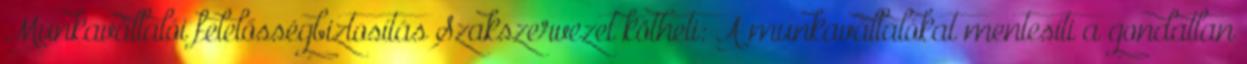
Munkavállalói felelősségbiztosítás Szakszervezet kötheti: A munkavállalókat mentesíti a gondatlan